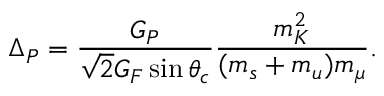
\Delta _ { P } = \frac { G _ { P } } { \sqrt { 2 } G _ { F } \sin \theta _ { c } } \frac { m _ { K } ^ { 2 } } { ( m _ { s } + m _ { u } ) m _ { \mu } } .